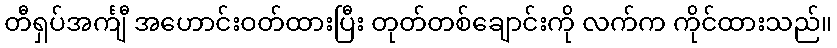
တီရှပ်အင်္ကျီ အဟောင်းဝတ်ထားပြီး တုတ်တစ်ချောင်းကို လက်က ကိုင်ထားသည်။